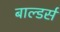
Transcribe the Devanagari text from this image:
बाल्डर्स